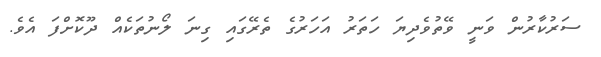
ސަރުކާރުން ވަނީ ވޭތުވެދިޔަ ހަތަރު އަހަރުގެ ތެރޭގައި ގިނަ ލޯނުތަކެއް ދޫކޮށްފަ އެވެ.